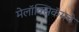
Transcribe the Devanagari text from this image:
मेलॉक्सिकॅमचे